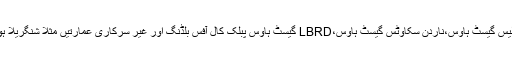
کچورا میں ۶۲ برگیڈ آفیسرز میسFWOآفیسرز میسGBPWDگیسٹ ہاوس،پولیس گیسٹ ہاوس،ناردن سکاوٹس گیسٹ ہاوس،LBRD گیسٹ ہاوس پبلک کال آفس بلڈنگ اور غیر سرکاری عمارتیں مثلا شنگریلا ہوٹل اور تبت موٹل مہمانوں کی میزبانی میں ہمہ وقت سرگرم عمل نظر آتے ہیں ۔